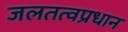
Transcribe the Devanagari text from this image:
जलतत्वप्रधान